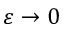
\varepsilon \rightarrow 0